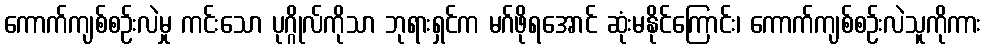
ကောက်ကျစ်စဉ်းလဲမှု ကင်းသော ပုဂ္ဂိုလ်ကိုသာ ဘုရားရှင်က မဂ်ဖိုရအောင် ဆုံးမနိုင်ကြောင်း၊ ကောက်ကျစ်စဉ်းလဲသူကိုကား